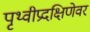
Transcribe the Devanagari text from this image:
पृथ्वीप्रदक्षिणेवर